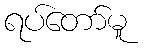
ရပ်တော်မူ